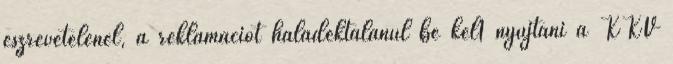
észrevételénél, a reklamációt haladéktalanul be kel1 nyújtani a KKV